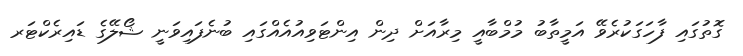
ގޮތުގައި ފާހަގަކުރެވޭ އަމީތާބު މުމްބާއީ މިރާއަށް ދިން އިންޓަވިއުއެއްގައި ބުނެފައިވަނީ ޝޯލޭގެ ޑައިރެކްޓަރ